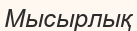
Мысырлық